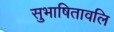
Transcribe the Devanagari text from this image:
सुभाषितावलि